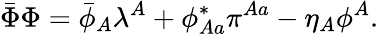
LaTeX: \bar{\Phi}\Phi=\bar{\phi}_{A}\lambda^{A}+\phi_{Aa}^{*}\pi^{Aa}-\eta_{A}\phi^{A}.